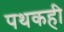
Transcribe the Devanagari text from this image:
पथकही